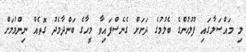
މި މައްސަލާގައި ފުލުހުންގެ ބެލުމުގެ ދަށަށް ގެނެސްފައިވާ މީހާގެ ބަންދާމެދު ގޮތެއް ނިންމުމަށް